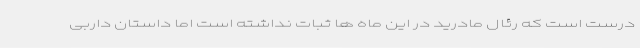
درست است که رئال مادرید در این ماه ها ثبات نداشته است اما داستان داربی